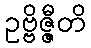
ဥဗ္ဗိဇ္ဇီတိ